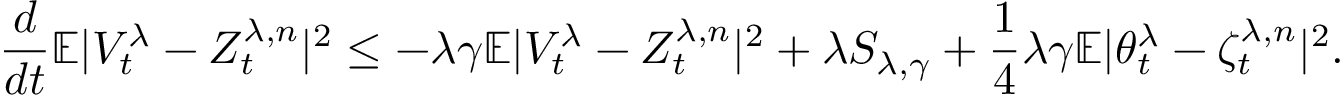
\frac { d } { d t } \mathbb { E } | V _ { t } ^ { \lambda } - Z _ { t } ^ { \lambda , n } | ^ { 2 } \leq - \lambda \gamma \mathbb { E } | V _ { t } ^ { \lambda } - Z _ { t } ^ { \lambda , n } | ^ { 2 } + \lambda S _ { \lambda , \gamma } + \frac { 1 } { 4 } \lambda \gamma \mathbb { E } | \theta _ { t } ^ { \lambda } - \zeta _ { t } ^ { \lambda , n } | ^ { 2 } .